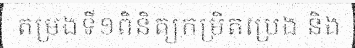
តម្រងទី១ពិនិត្យកម្រិតប្រេង និង